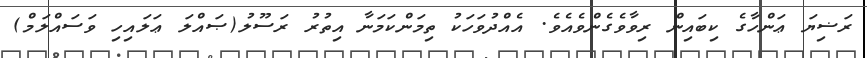
ރަޟިޔަ ޢަންހާގެ ކިބައިން ރިވާވެގެންވެއެވެ. އެއްދުވަހަކު ތިމަންކަމަނާ އިތުރު ރަސޫލު(ޞައްލަ ޢަލައިހި ވަސައްލަމް)